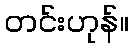
တင်းဟုန်။